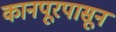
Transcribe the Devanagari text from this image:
कानपूरपासून